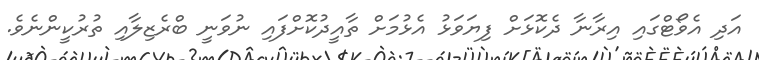
އަދި އެވޯޓްގައި އިރާނާ ދެކޮޅަށް ފިޔަވަޅު އެޅުމަށް ތާއީދުކޮށްފައި ނުވަނީ ބްރެޒިލާއި ތުރުކީންނެވެ.